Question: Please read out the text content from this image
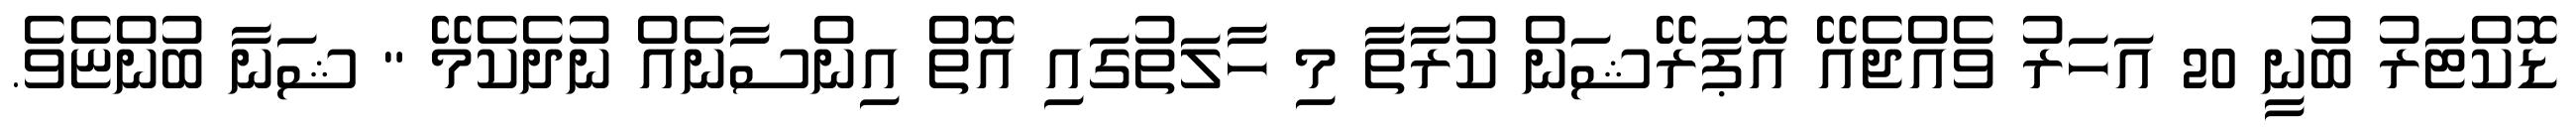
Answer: ޑޮކްޓަރު ބުނީ 20 އަހަރު ވެއްޖެއޭ އޮޕަރޭޝަން ކުރާތާ މި ހާލަތުގައި އޮތް އިންސާނެއް ނުދެކެމޭ " ޝަނާ ބުންޏެވެ.